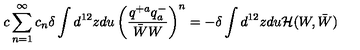
c \sum _ { n = 1 } ^ { \infty } c _ { n } \delta \int d ^ { 1 2 } z d u \left( \frac { q ^ { + a } q _ { a } ^ { - } } { \bar { W } W } \right) ^ { n } = - \delta \int d ^ { 1 2 } z d u { \cal H } ( W , \bar { W } )